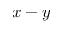
x - y